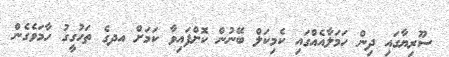
ސޫރިޔާގައި ދިން ހަމަލާއެއްގައި ކެމިކަލް ބޭނުން ކޮށްފައިވާ ކަމަށް އދގެ ތަހުގީގު ހާމަވެގެން